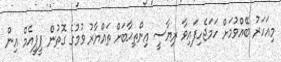
މިއަހަރު ބޭއްވުމަށް ހަމަޖެހިފައިވާ ރިޔާސީ އިންތިޙާބަށް ތައްޔާރު ވުމުގެ ގޮތުން ޕީޕީއެމް އިން